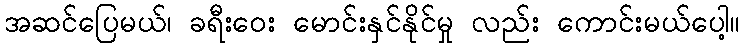
အဆင်ပြေမယ်၊ ခရီးဝေး မောင်းနှင်နိုင်မှု လည်း ကောင်းမယ်ပေါ့။